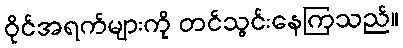
ဝိုင်အရက်များကို တင်သွင်းနေကြသည်။